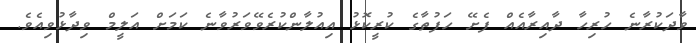
ވާދަކުރާނެ ހުރިހާ ދާއިރާއެއް ފެށޭ ހަފުތާގެ ކުރީކޮޅު އިއުލާންކުރެވޭވަރުވާނެ ކަމަށް އަލީމް ވިދާޅުވިއެވެ.